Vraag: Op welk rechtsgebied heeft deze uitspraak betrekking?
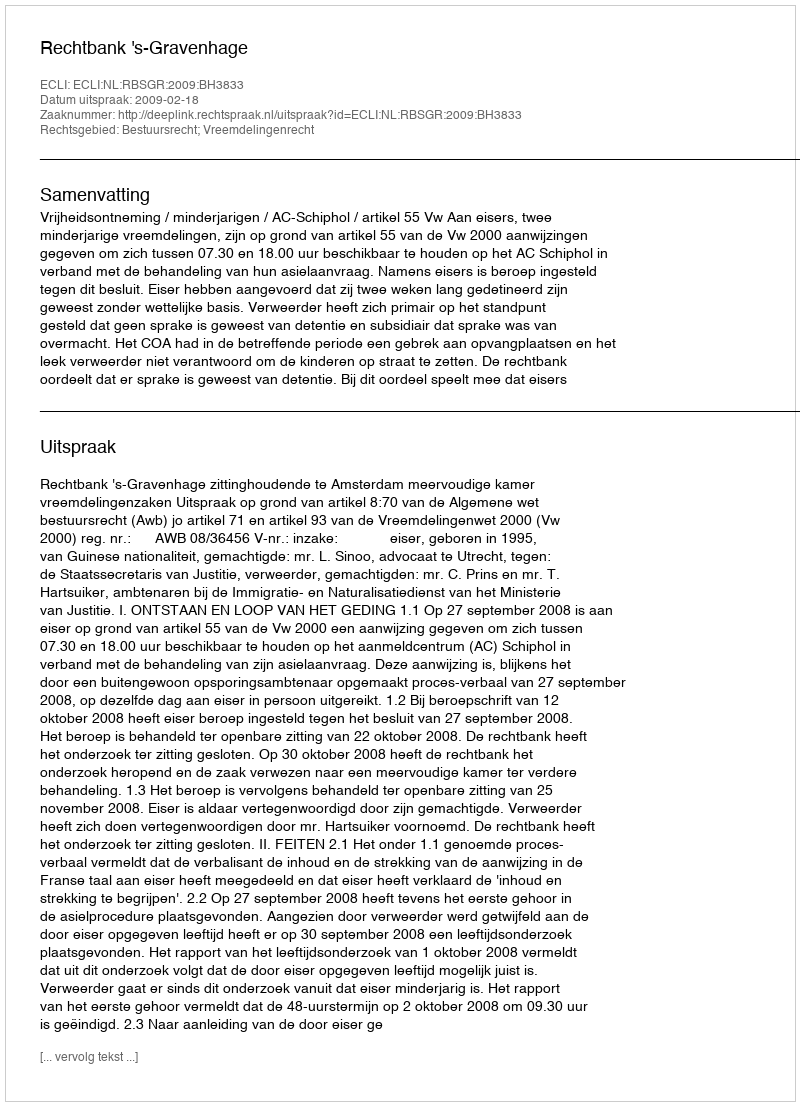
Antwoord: Bestuursrecht; Vreemdelingenrecht